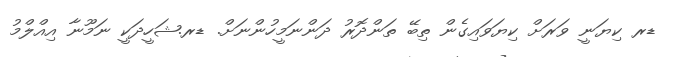
ޑރ ކިޔަނީ ވަރަށް ކިޔަވައިގެން ތިބޭ ތަންދޮރު ދަންނަމީހުންނަށް. ޑރ.ޝަހީދަކީ ނަމޫނާ އިއްލްމު